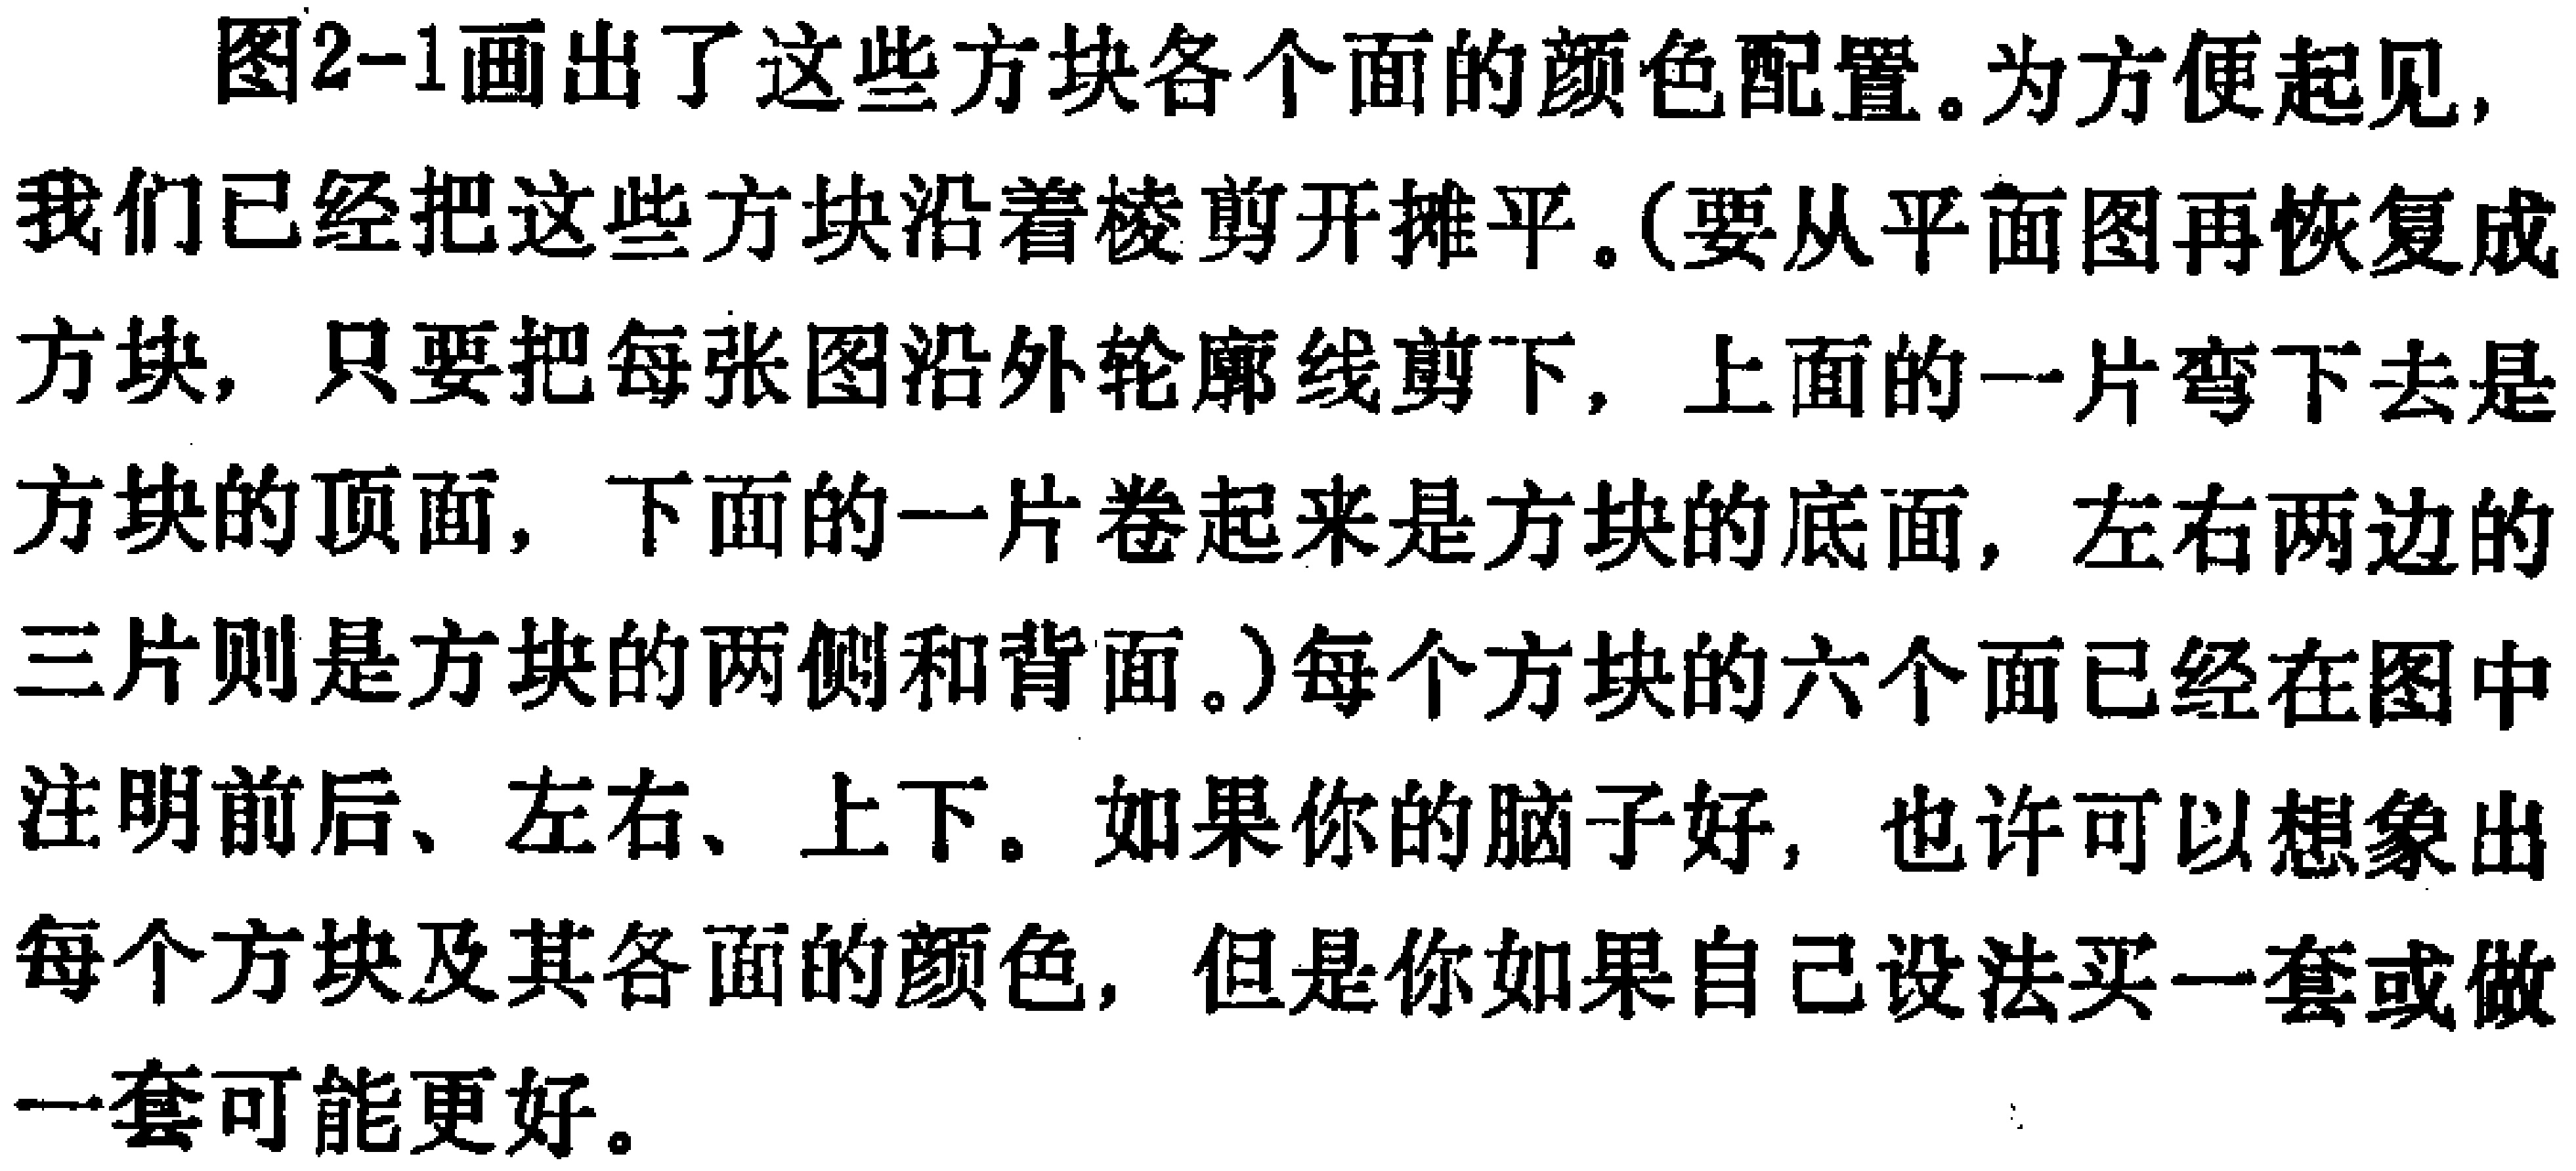
图2-1画出了这些方块各个面的颜色配置。为方便起见，我们已经把这些方块沿着棱剪开摊平。(要从平面图再恢复成方块，只要把每张图沿外轮廓线剪下，上面的一片弯下去是方块的顶面，下面的一片卷起来是方块的底面，左右两边的三片则是方块的两侧和背面。)每个方块的六个面已经在图中注明前后、左右、上下。如果你的脑子好，也许可以想象出每个方块及其各面的颜色，但是你如果自己设法买一套或做一套可能更好。